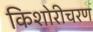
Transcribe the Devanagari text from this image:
किशोरीचरण